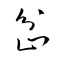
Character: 岔